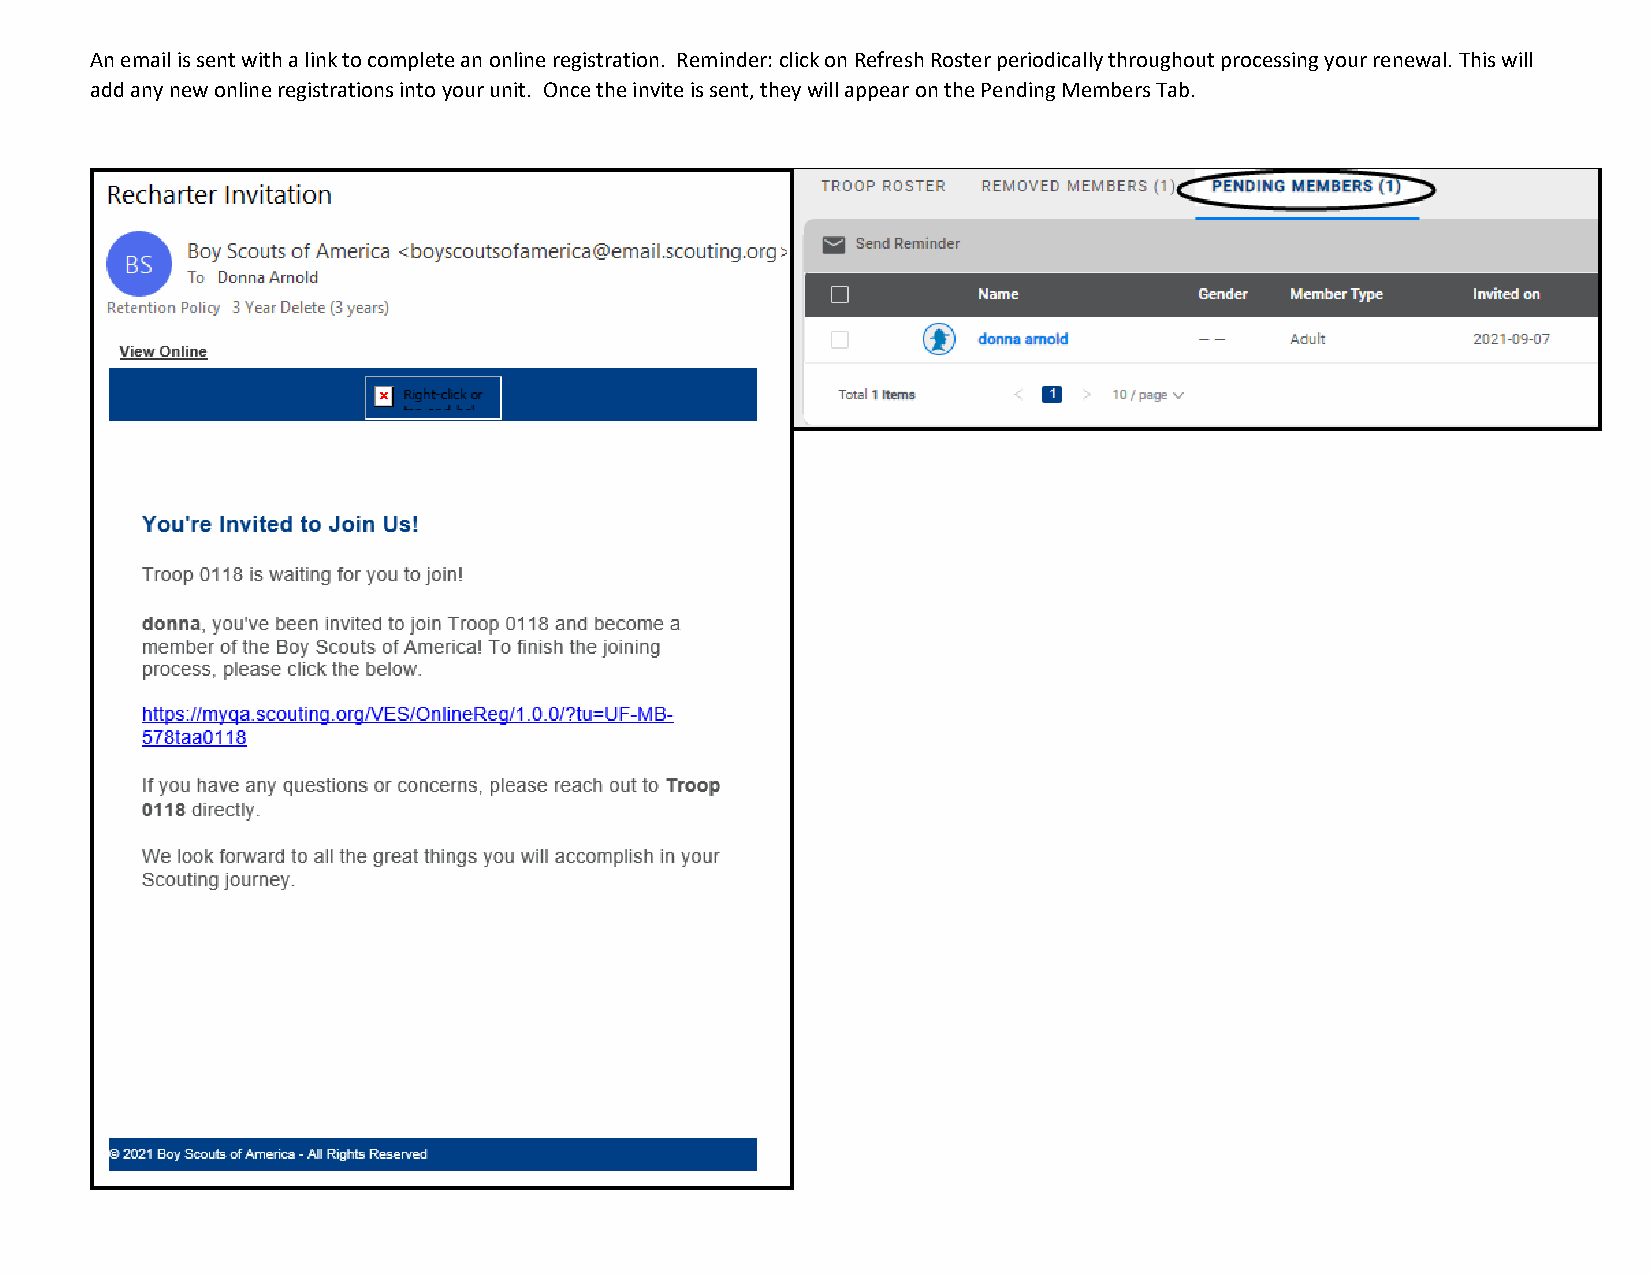
An email is sent with a link to complete an online registration. Reminder: click on Refresh Roster periodically throughout processing your renewal. This will
 add any new online registrations into your unit. Once the invite is sent, they will appear on the Pending Members Tab.